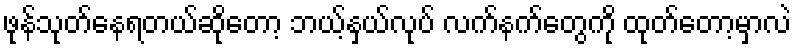
ဖုန်သုတ်နေရတယ်ဆိုတော့ ဘယ့်နှယ်လုပ် လက်နက်တွေကို ထုတ်တော့မှာလဲ